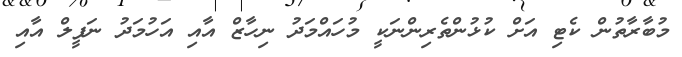
މުބާރާތުން ކެޓި އަަށް ކުޅުންތެރިންނަކީ މުހައްމަދު ނިހާޒް އާއި އަހުމަދު ނަފީލް އާއި